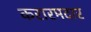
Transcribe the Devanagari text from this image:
करारमदार